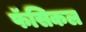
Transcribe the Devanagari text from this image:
फॅसिकल